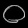
Digit: ၀